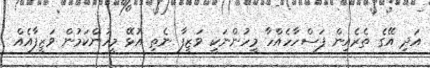
އަދި އޭގެ ތެރެއިން ފަސްހާހެއްހާ މީހުންނަކީ ވަޒީފާ ނެތި އުޅޭ މީހުންކަމުން ވަޒީފާއެއް